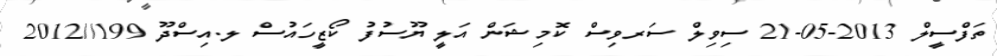
ތަފްސީލް 2013-05-21 ސިވިލް ސަރވިސް ކޮމިޝަން އަލީ ޔޫސުފު ކޯޒީހައުސް ލ.އިސްދޫ 199//2012